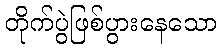
တိုက်ပွဲဖြစ်ပွားနေသော